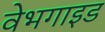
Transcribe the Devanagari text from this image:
वेभगाइड